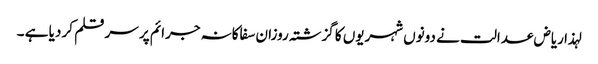
لہذا ریاض عدالت نے دونوں شہریوں کا گزشتہ روزان سفاکانہ جرائم پر سر قلم کر دیا ہے ۔